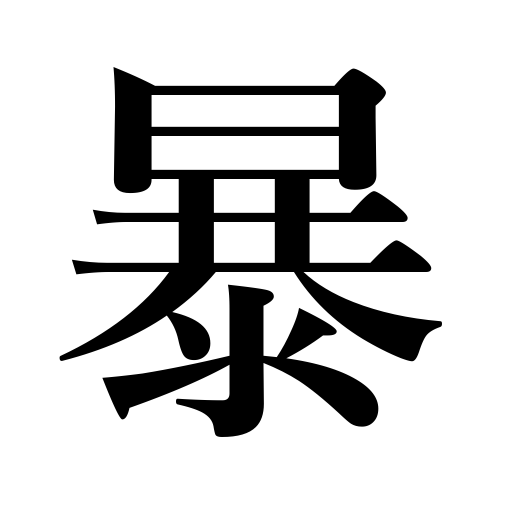
Meanings: open a grave,violence,fret,divulge,cruelty,rage,disclose,rave,outrage,buck,force,reveal,unearth